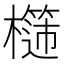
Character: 𣞮